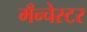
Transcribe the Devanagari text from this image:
मँन्चेस्टर